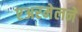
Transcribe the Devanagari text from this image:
एअरमेलने